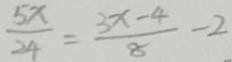
\frac { 5 x } { 2 4 } = \frac { 3 x - 4 } { 8 } - 2